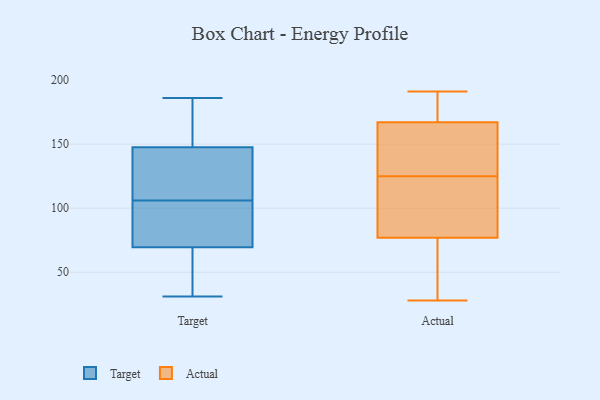
{"axis": {"x": "Revenue (USD Million)", "y": "Value"}, "legend": ["Actual", "Target"], "data": [{"x": "", "y": 101, "type": "Target"}, {"x": "", "y": 76, "type": "Target"}, {"x": "", "y": 106, "type": "Target"}, {"x": "", "y": 154, "type": "Target"}, {"x": "", "y": 137, "type": "Target"}, {"x": "", "y": 31, "type": "Target"}, {"x": "", "y": 106, "type": "Target"}, {"x": "", "y": 141, "type": "Target"}, {"x": "", "y": 63, "type": "Target"}, {"x": "", "y": 186, "type": "Target"}, {"x": "", "y": 57, "type": "Target"}, {"x": "", "y": 182, "type": "Target"}, {"x": "", "y": 181, "type": "Actual"}, {"x": "", "y": 167, "type": "Actual"}, {"x": "", "y": 70, "type": "Actual"}, {"x": "", "y": 143, "type": "Actual"}, {"x": "", "y": 121, "type": "Actual"}, {"x": "", "y": 28, "type": "Actual"}, {"x": "", "y": 129, "type": "Actual"}, {"x": "", "y": 77, "type": "Actual"}, {"x": "", "y": 114, "type": "Actual"}, {"x": "", "y": 73, "type": "Actual"}, {"x": "", "y": 152, "type": "Actual"}, {"x": "", "y": 173, "type": "Actual"}, {"x": "", "y": 191, "type": "Actual"}, {"x": "", "y": 121, "type": "Actual"}]}